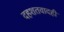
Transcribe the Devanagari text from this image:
दहशतवादही